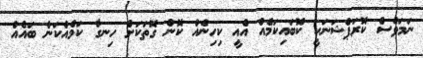
ނަމަވެސް ކޮރަޕްޝަނަކީ ކޮބައިކަމެއް އެއީ ކިހިނެއް ކޮން ގޮތަކަށް ހިނގާ ކަމެއްކަން ބައެއް